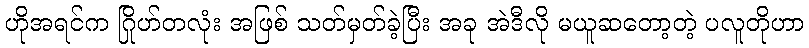
ဟိုအရင်က ဂြိုဟ်တလုံး အဖြစ် သတ်မှတ်ခဲ့ပြီး အခု အဲဒီလို မယူဆတော့တဲ့ ပလူတိုဟာ